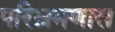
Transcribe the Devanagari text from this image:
परिभ्रमणास